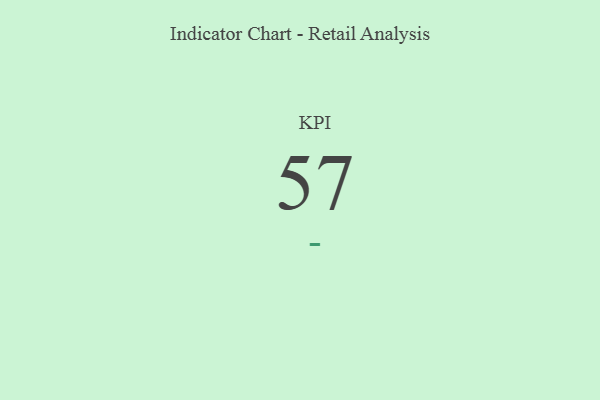
{"axis": {"x": "KPI", "y": "Value"}, "legend": [""], "data": [{"x": "KPI", "y": 57, "type": ""}]}